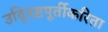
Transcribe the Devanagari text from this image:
उद्‍दिष्टपूर्तीकरिता